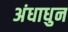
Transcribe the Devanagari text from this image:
अंधाधुन